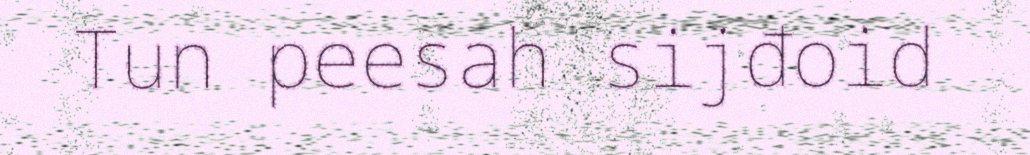
Tun peesah sijđoid